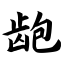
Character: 龅